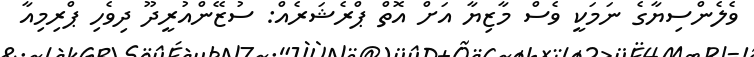
ވެލެންސިޔާގެ ނަމަކީ ވެސް މާޒިޔާ އަށް އޮތް ޕްރެޝަރެއް: ސުޒޭންއުރީދޫ ދިވެހި ޕްރިމިއާ